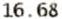
16.68